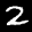
Label: 2